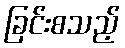
ခြင်းစသည့်